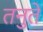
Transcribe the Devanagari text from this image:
तनुते